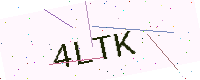
Text: 4LTK